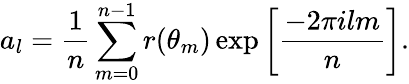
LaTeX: a_{l}=\frac{1}{n}\sum_{m=0}^{n-1}r(\theta_{m})\exp\left[\frac{-2\pi ilm}{n}\right].